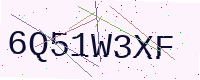
Text: 6Q51W3XF